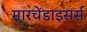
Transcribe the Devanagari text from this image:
मारचेंडाइसर्स